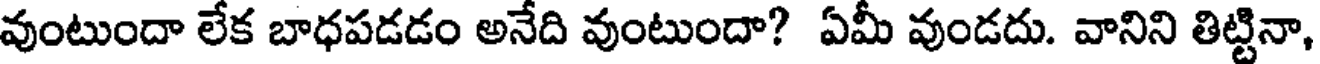
వుంటుందా లేక బాధపడడం అనేది వుంటుందా? ఏమీ వుండదు. వానిని తిట్టినా,